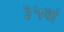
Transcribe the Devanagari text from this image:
३५वां